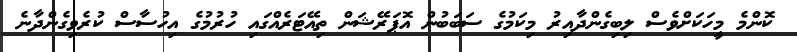
ކޮންމެ މީހަކަށްވެސް ލިބިގެންދާއިރު މިކަމުގެ ސަބަބުން އޮޕަރޭޝަން ތިއޭޓަރެއްގައި ހުރުމުގެ އިހުސާސް ކުރެވިގެންދާނެ